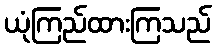
ယုံကြည်ထားကြသည်